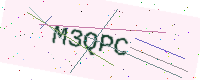
Text: M3QPC